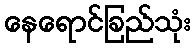
နေရောင်ခြည်သုံး